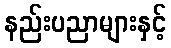
နည်းပညာများနှင့်